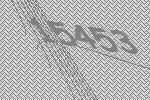
15453